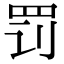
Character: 罚